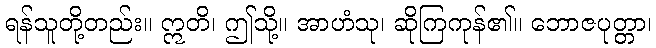
ရန်သူတို့တည်း။ ဣတိ၊ ဤသို့။ အာဟံသု၊ ဆိုကြကုန်၏။ ဘောဇပုတ္တာ၊